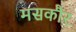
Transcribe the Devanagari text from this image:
मसकौर